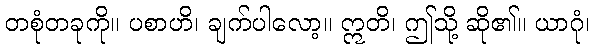
တစုံတခုကို။ ပစာဟိ၊ ချက်ပါလော့။ ဣတိ၊ ဤသို့ ဆို၏။ ယာဂုံ၊